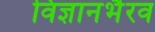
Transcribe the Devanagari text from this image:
विज्ञानभैरव